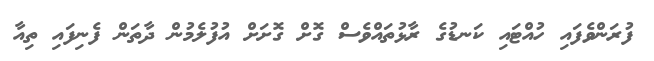
ފުރަންވެފައި ހުއްޓައި ކަނޑުގެ ރާޅުތައްވެސް ގޮށް ގޮށަށް އުފުލެމުން ދާތަން ފެނިފައި ތިއާ